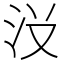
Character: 𱥺